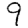
Digit: 9